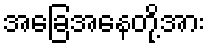
အခြေအနေတို့အား